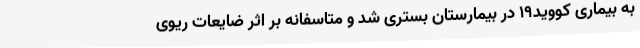
به بیماری کووید19 در بیمارستان بستری شد و متاسفانه بر اثر ضایعات ریوی